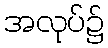
အလုပ်၌